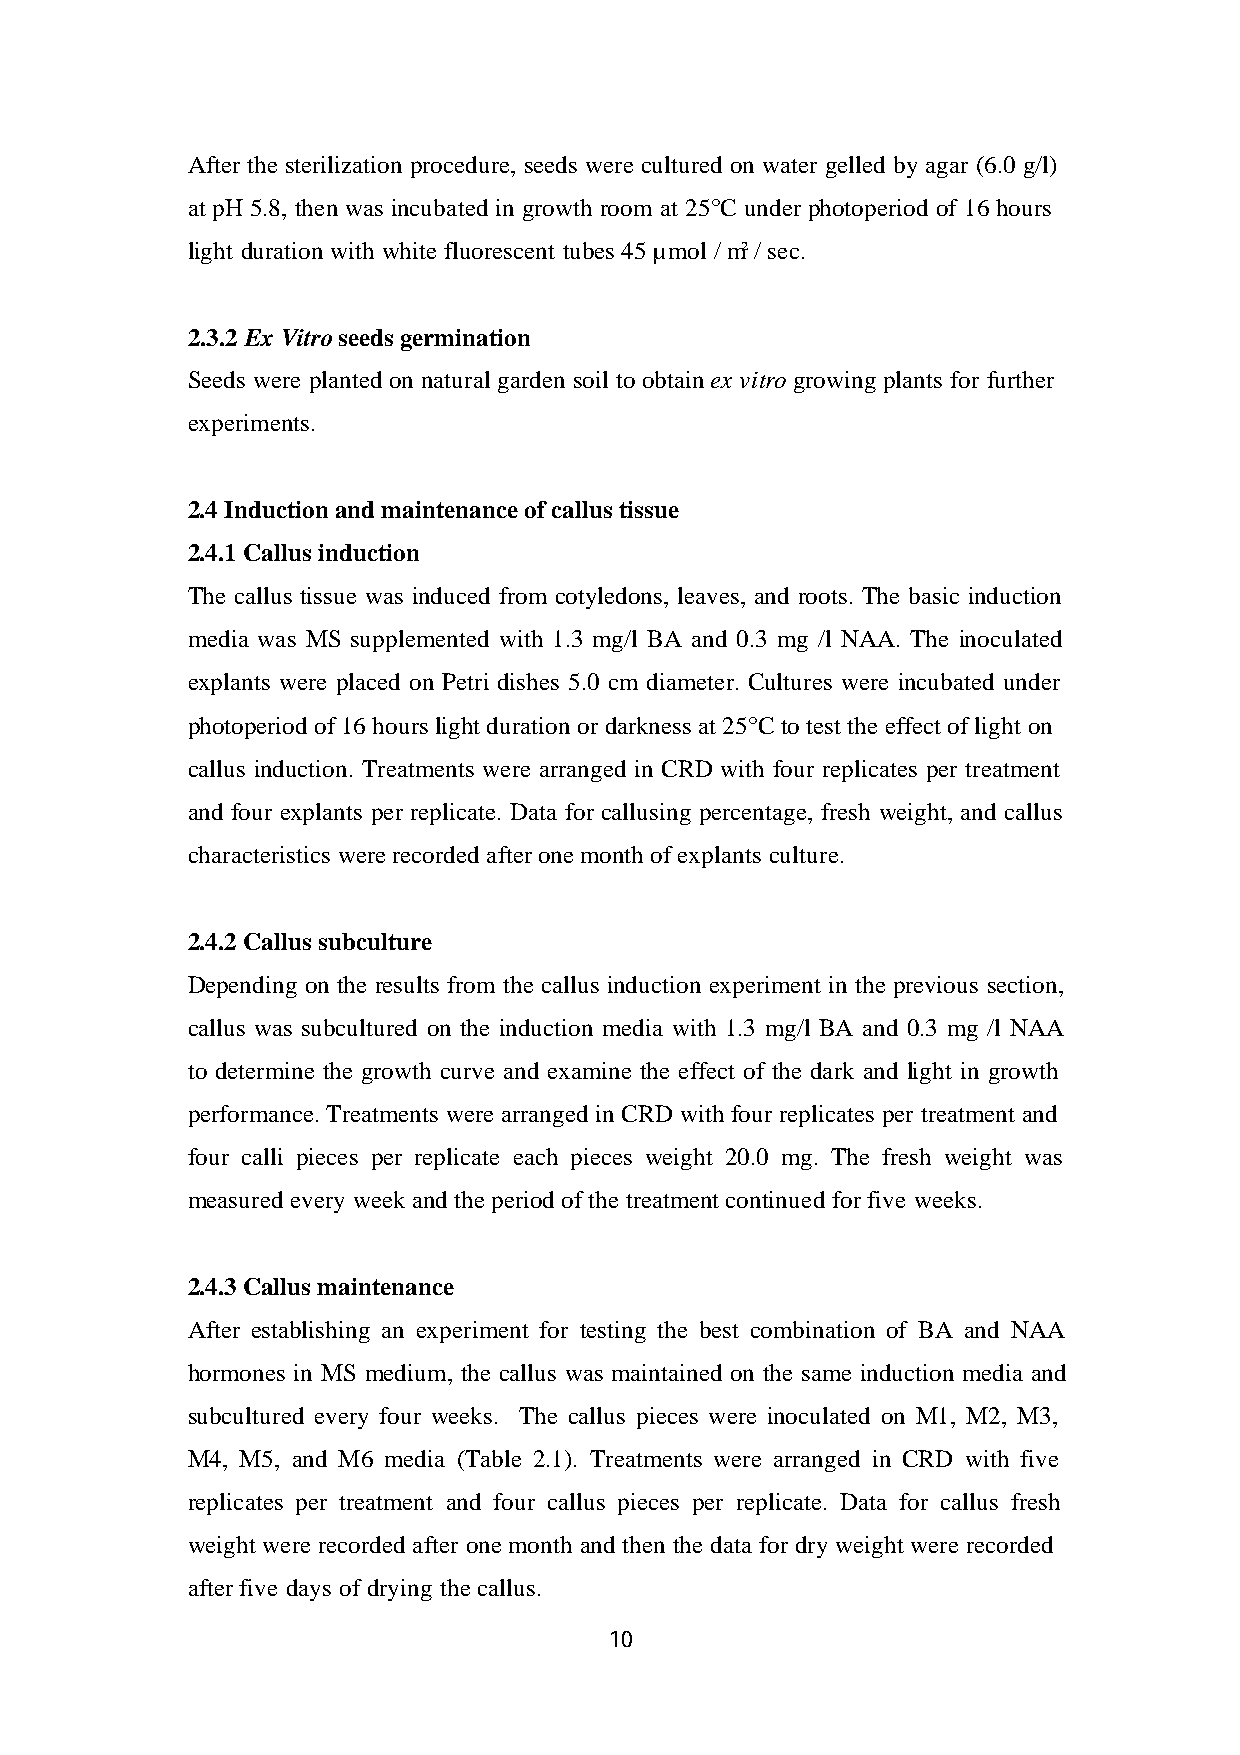
After the sterilization procedure, seeds were cultured on water gelled by agar (6.0 g/l)
 at pH 5.8, then was incubated in growth room at 25 °C under photoperiod of 16 hours
 light duration with white fluorescent tubes 45 µmol / m² / sec.
 2.3.2 Ex Vitro seeds germination
 Seeds were planted on natural garden soil to obtain ex vitro growing plants for further
 experiments.
 2.4 Induction and maintenance of callus tissue
 2.4.1 Callus induction
 The callus tissue was induced from cotyledons, leaves, and roots. The basic induction
 media was MS supplemented with 1.3 mg/l BA and 0.3 mg /l NAA. The inoculated
 explants were placed on Petri dishes 5.0 cm diameter. Cultures were incubated under
 photoperiod of 16 hours light duration or darkness at 25°C to test the effect of light on
 callus induction. Treatments were arranged in CRD with four replicates per treatment
 and four explants per replicate. Data for callusing percentage, fresh weight, and callus
 characteristics were recorded after one month of explants culture.
 2.4.2 Callus subculture
 Depending on the results from the callus induction experiment in the previous section,
 callus was subcultured on the induction media with 1.3 mg/l BA and 0.3 mg /l NAA
 to determine the growth curve and examine the effect of the dark and light in growth
 performance. Treatments were arranged in CRD with four replicates per treatment and
 four calli pieces per replicate each pieces weight 20.0 mg. The fresh weight was
 measured every week and the period of the treatment continued for five weeks.
 2.4.3 Callus maintenance
 After establishing an experiment for testing the best combination of BA and NAA
 hormones in MS medium, the callus was maintained on the same induction media and
 subcultured every four weeks. The callus pieces were inoculated on M1, M2, M3,
 M4, M5, and M6 media (Table 2.1). Treatments were arranged in CRD with five
 replicates per treatment and four callus pieces per replicate. Data for callus fresh
 weight were recorded after one month and then the data for dry weight were recorded
 after five days of drying the callus.
 10